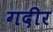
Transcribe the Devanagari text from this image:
गदीर